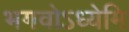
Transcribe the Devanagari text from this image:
भगवोऽध्येमि